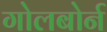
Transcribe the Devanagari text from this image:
गोलबोर्न